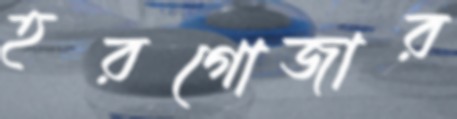
হরগোজার